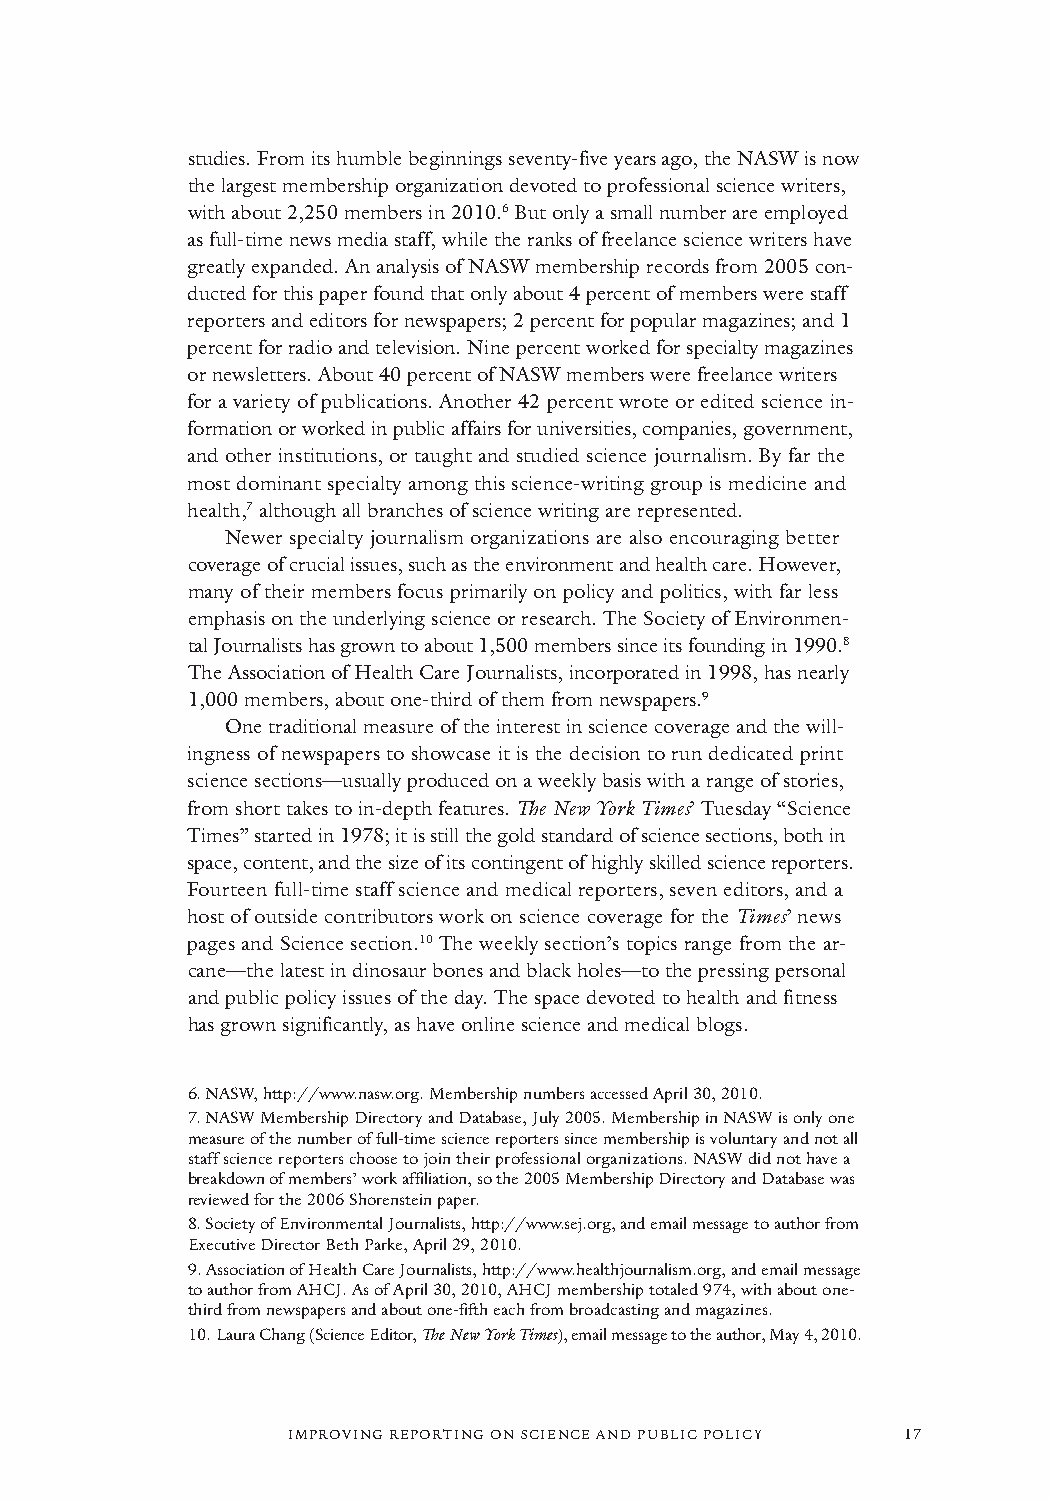
studies. From its humble beginnings seventy-five years ago, the NASW is now
 the largest membership organization devoted to professional science writers,
 with about 2,250 members in 2010.6But only a small number are employed
 as full-time news media staff, while the ranks of freelance science writers have
 greatly expanded. An analysis of NASW membership records from 2005 con-
 ducted for this paper found that only about 4 percent of members were staff
 reporters and editors for newspapers; 2 percent for popular magazines; and 1
 percent for radio and television. Nine percent worked for specialty magazines
 or newsletters. About 40 percent of NASW members were freelance writers
 for a variety of publications. Another 42 percent wrote or edited science in-
 formation or worked in public affairs for universities, companies, government,
 and other institutions, or taught and studied science journalism. By far the
 most dominant specialty among this science-writing group is medicine and
 health,7although all branches of science writing are represented.
 Newer specialty journalism organizations are also encouraging better
 coverage of crucial issues, such as the environment and health care. However,
 many of their members focus primarily on policy and politics, with far less
 emphasis on the underlying science or research. The Society of Environmen-
 tal Journalists has grown to about 1,500 members since its founding in 1990.8
 The Association of Health Care Journalists, incorporated in 1998, has nearly
 1,000 members, about one-third of them from newspapers.9
 One traditional measure of the interest in science coverage and the will-
 ingness of newspapers to showcase it is the decision to run dedicated print
 science sections—usually produced on a weekly basis with a range of stories,
 from short takes to in-depth features. TheNew York Times’ Tuesday “Science
 Times” started in 1978; it is still the gold standard of science sections, both in
 space, content, and the size of its contingent of highly skilled science reporters.
 Fourteen full-time staff science and medical reporters, seven editors, and a
 host of outside contributors work on science coverage for the Times’ news
 pages and Science section.10The weekly section’s topics range from the ar-
 cane—the latest in dinosaur bones and black holes—to the pressing personal
 and public policy issues of the day. The space devoted to health and fitness
 has grown significantly, as have online science and medical blogs.
 6.NASW, http://www.nasw.org. Membership numbers accessed April 30, 2010.
 7.NASW Membership Directory and Database, July 2005. Membership in NASW is only one
 measure of the number of full-time science reporters since membership is voluntary and not all
 staff science reporters choose to join their professional organizations. NASW did not have a
 breakdown of members’ work affiliation, so the 2005 Membership Directory and Database was
 reviewed for the 2006 Shorenstein paper.
 8.Society of Environmental Journalists, http://www.sej.org, and email message to author from
 Executive Director Beth Parke, April 29, 2010.
 9.Association of Health Care Journalists, http://www.healthjournalism.org, and email message
 to author from AHCJ. As of April 30, 2010, AHCJ membership totaled 974, with about one-
 third from newspapers and about one-fifth each from broadcasting and magazines.
 10.Laura Chang (Science Editor, The New York Times), email message to the author, May 4, 2010.
 IMPROVING REPORTING ON SCIENCE AND PUBLIC POLICY 17